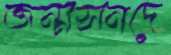
জন্মসনদে